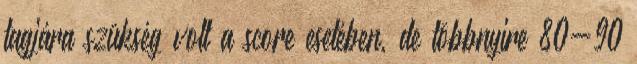
tagjára szükség volt a score esetében, de többnyire 80-90